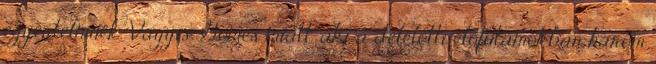
egyértelműek. Vagyis Gomes miatt, aki a délelőtti előfutamokban három